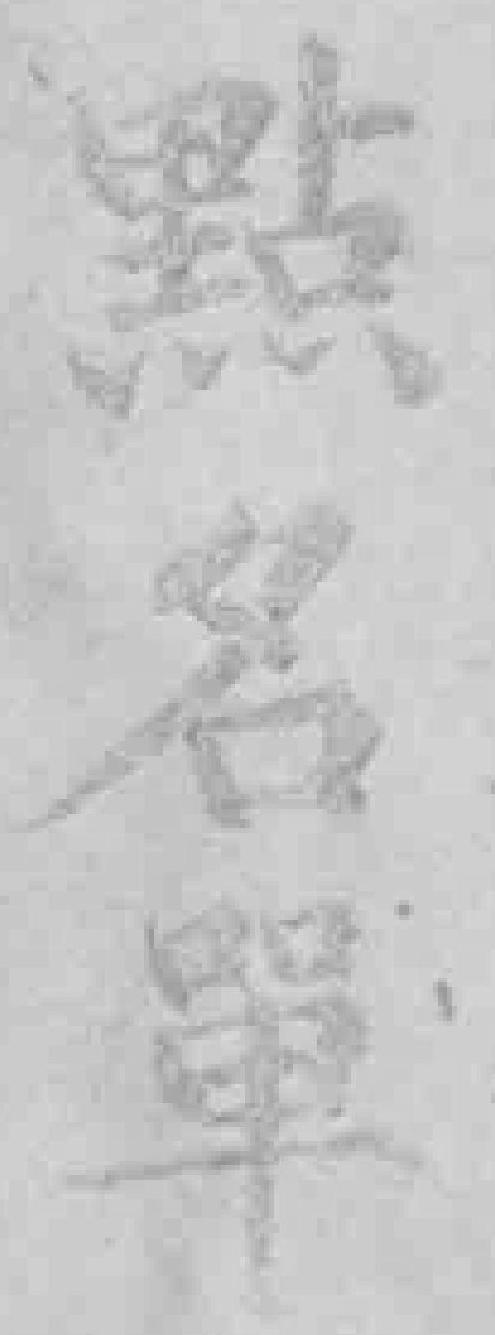
點名單